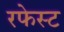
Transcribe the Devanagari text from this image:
रफेस्ट